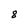
Character: 8